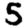
Digit: 5